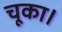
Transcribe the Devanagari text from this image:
चूका।